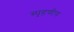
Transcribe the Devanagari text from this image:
स्‍पृहणीय